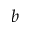
b